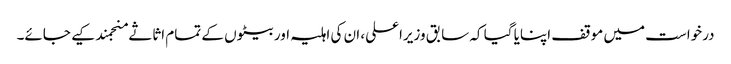
درخواست میں موقف اپنایا گیا کہ سابق وزیراعلی، ان کی اہلیہ اور بیٹوں کے تمام اثاثے منجمند کیے جائے۔